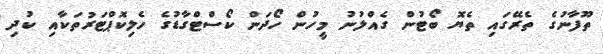
ތޫފާނުގެ ތެރޭގައި ތެޔޮ ބޯޓުން ގެއްލުނު މީހުން ހޯދަން ކޯސްޓްގާޑުގެ ހެލިކޮޕްޓަރުތަކާއި ކުދި